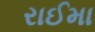
રાઈમા